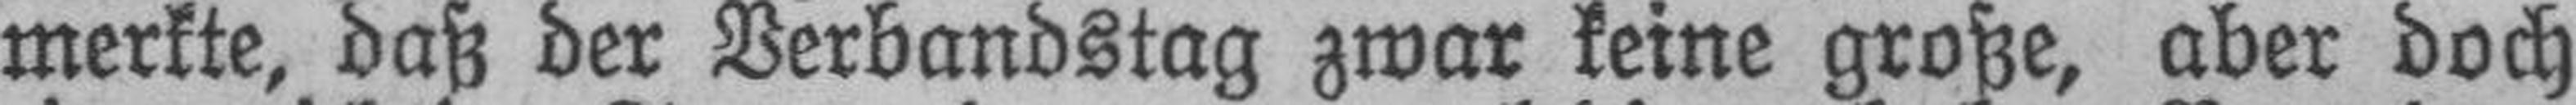
merkte, daß der Verbandstag zwar keine große, aber doch